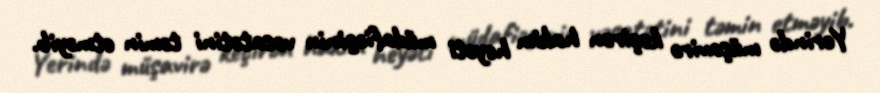
Yerində müşavirə keçirən hakim heyəti müdafiəçinin vəsatətini təmin etməyib.